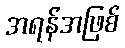
အရန်အဖြစ်